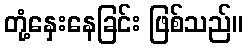
တုံ့နှေးနေခြင်း ဖြစ်သည်။